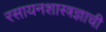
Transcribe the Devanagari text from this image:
रसायनशास्त्रज्ञाची